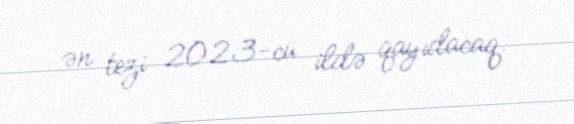
ən tezi 2023-cü ildə qayıdacaq.